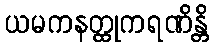
ယမကနတ္ထုကရဏိန္တိ